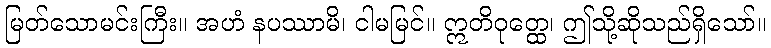
မြတ်သောမင်းကြီး။ အဟံ နပဿာမိ၊ ငါမမြင်။ ဣတိဝုတ္ထေ၊ ဤသို့ဆိုသည်ရှိသော်။